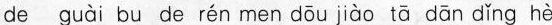
de guài bu de rén men dōu jiào tā dān dǐng hè